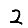
Digit: 2